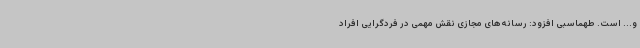
و... است. طهماسبی افزود: رسانه‌های مجازی نقش مهمی در فردگرایی افراد